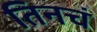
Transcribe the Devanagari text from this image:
तिनचं